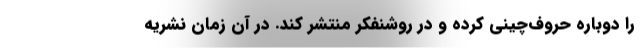
را دوباره حروف‌چینی کرده و در روشنفکر منتشر کند. در آن زمان نشریه